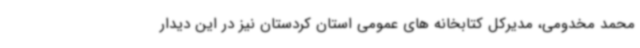
محمد مخدومی، مدیرکل کتابخانه های عمومی استان کردستان نیز در این دیدار